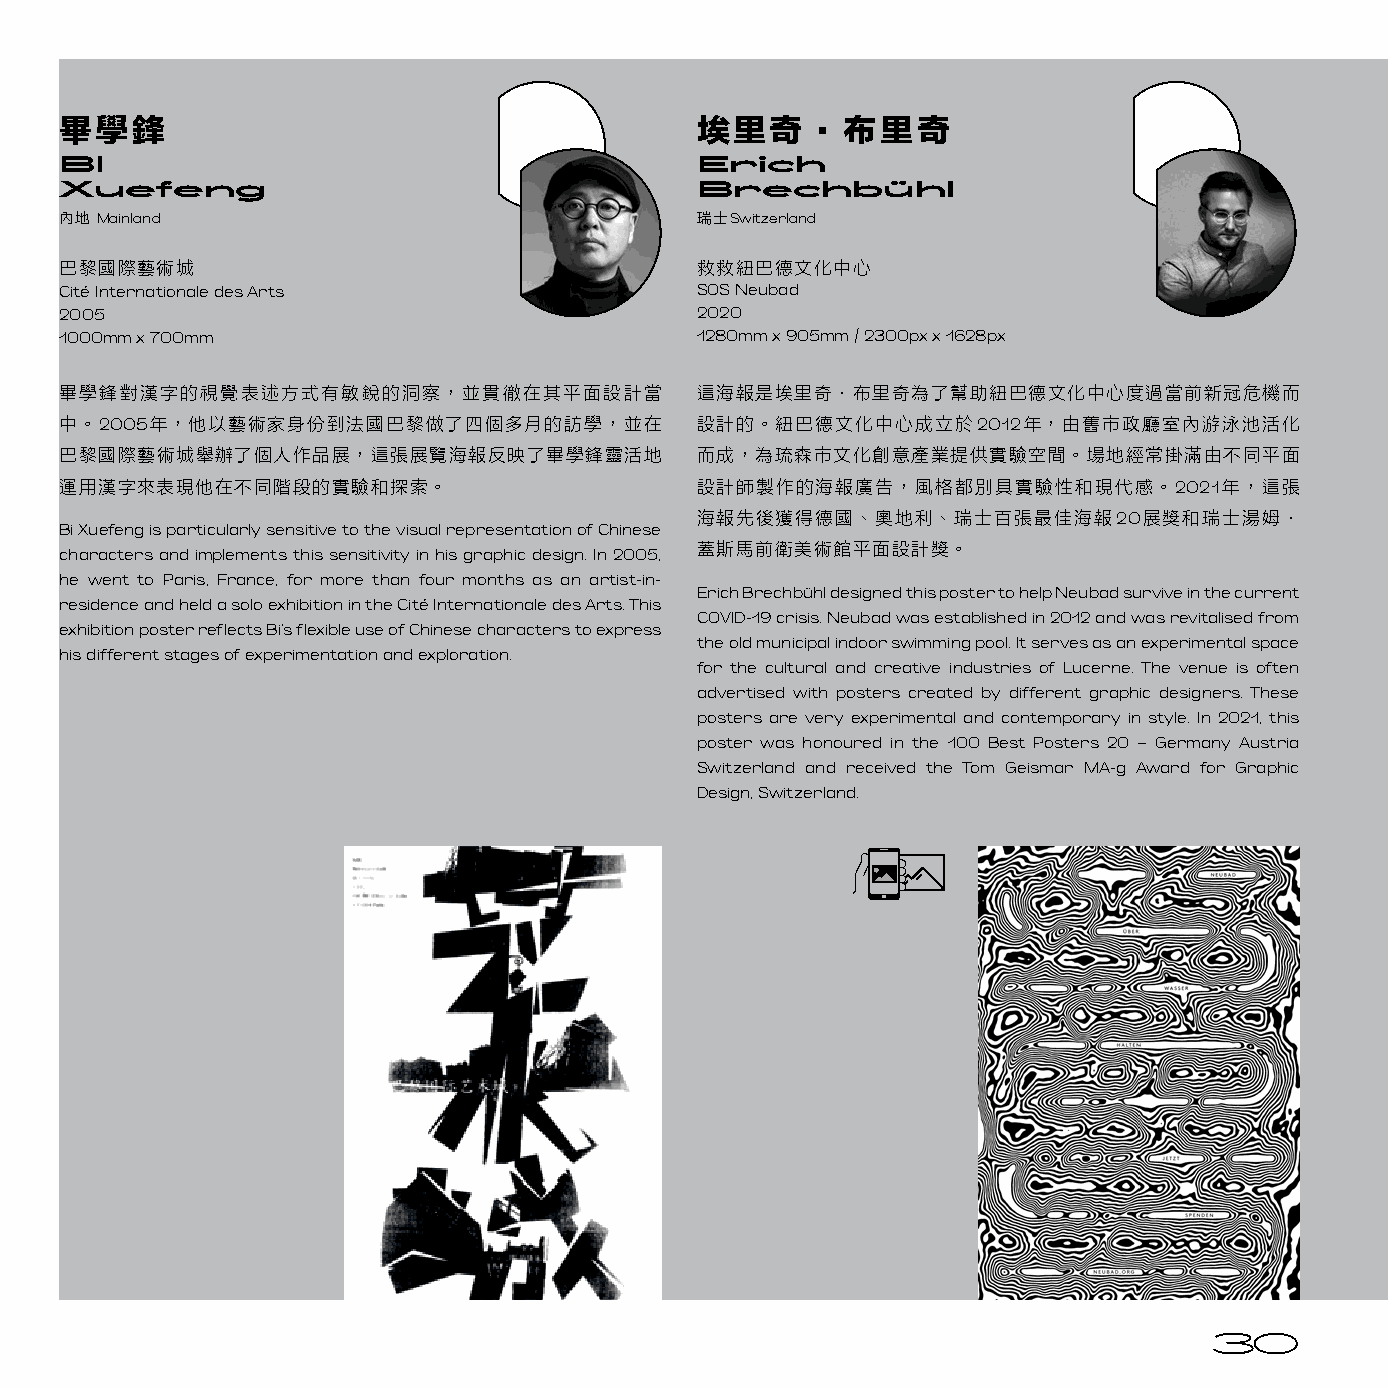
畢學鋒                                       埃里奇‧布里奇
 BI                                        Erich
 Xuefeng                                   Brechbühl
 內地 Mainland                               瑞士Switzerland
 巴黎國際藝術城                                   救救紐巴德文化中心
 Cité Internationale des Arts              SOS Neubad
 2005                                      2020
 1000mm x 700mm                            1280mm x 905mm / 2300px x 1628px
 畢學鋒對漢字的視覺表述方式有敏銳的洞察，並貫徹在其平面設計當            這海報是埃里奇‧布里奇為了幫助紐巴德文化中心度過當前新冠危機而
 中。2005年，他以藝術家身份到法國巴黎做了四個多月的訪學，並在          設計的。紐巴德文化中心成立於2012年，由舊市政廳室內游泳池活化
 巴黎國際藝術城舉辦了個人作品展，這張展覽海報反映了畢學鋒靈活地           而成，為琉森市文化創意產業提供實驗空間。場地經常掛滿由不同平面
 運用漢字來表現他在不同階段的實驗和探索。                      設計師製作的海報廣告，風格都別具實驗性和現代感。2021年，這張
 海報先後獲得德國、奧地利、瑞士百張最佳海報20展獎和瑞士湯姆‧
 Bi Xuefeng is particularly sensitive to the visual representation of Chinese
 characters and implements this sensitivity in his graphic design. In 2005, 蓋斯馬前衛美術館平面設計獎。
 he went to Paris, France, for more than four months as an artist-in-
 Erich Brechbühl designed this poster to help Neubad survive in the current
 residence and held a solo exhibition in the Cité Internationale des Arts. This
 COVID-19 crisis. Neubad was established in 2012 and was revitalised from
 exhibition poster reflects Bi’s flexible use of Chinese characters to express
 the old municipal indoor swimming pool. It serves as an experimental space
 his different stages of experimentation and exploration.
 for the cultural and creative industries of Lucerne. The venue is often
 advertised with posters created by different graphic designers. These
 posters are very experimental and contemporary in style. In 2021, this
 poster was honoured in the 100 Best Posters 20 – Germany Austria
 Switzerland and received the Tom Geismar MA-g Award for Graphic
 Design, Switzerland.
 30